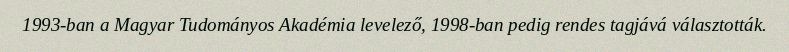
1993-ban a Magyar Tudományos Akadémia levelező, 1998-ban pedig rendes tagjává választották.